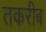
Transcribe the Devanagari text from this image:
तकरीब